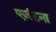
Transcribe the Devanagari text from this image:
एजंटना